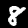
Label: 8